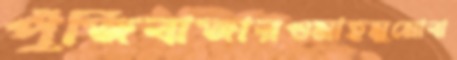
পুঁজিবাজারওমাহমুমোবা